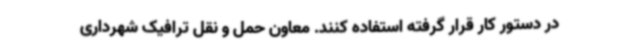
در دستور کار قرار گرفته استفاده کنند. معاون حمل و نقل ترافیک شهرداری